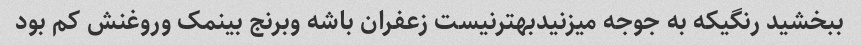
ببخشید رنگیکه به جوجه میزنیدبهترنیست زعفران باشه وبرنج بینمک وروغنش کم بود